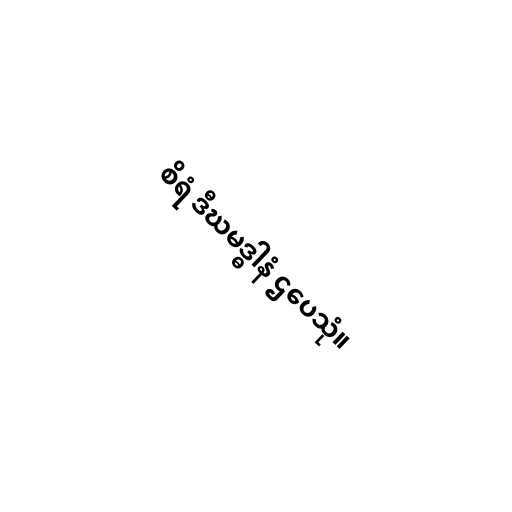
စိရံ ဒီဃမဒ္ဓါနံ ဌပေသုံ။